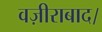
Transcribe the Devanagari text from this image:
वज़ीराबाद।